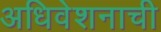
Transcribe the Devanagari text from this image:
अधिवेशनाची